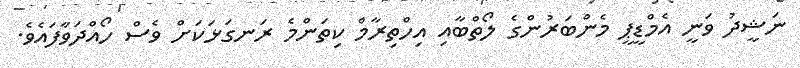
ނަޝީދު ވަނީ އެމްޑީޕީ މެންބަރުންގެ ލޯތްބާއި އިހްތިރާމް ކިތަންމެ ރަނގަޅަކަށް ވެސް ހޯއްދަވާފައެވެ.